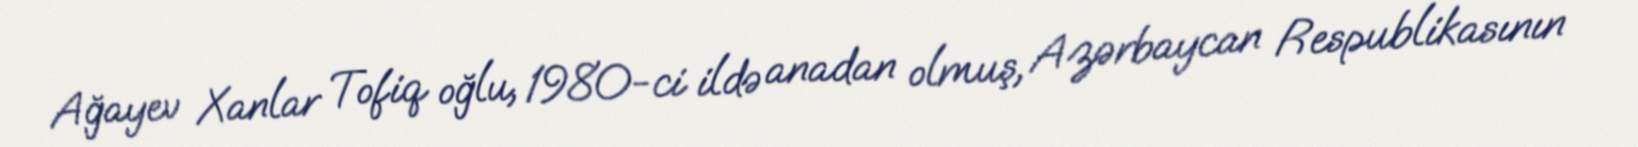
Ağayev Xanlar Tofiq oğlu, 1980-ci ildə anadan olmuş, Azərbaycan Respublikasının